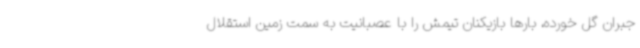
جبران گل خورده، بارها بازیکنان تیمش را با عصبانیت به سمت زمین استقلال